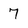
Character: 7